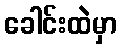
ခေါင်းထဲမှာ